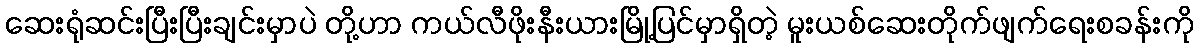
ဆေးရုံဆင်းပြီးပြီးချင်းမှာပဲ တို့ဟာ ကယ်လီဖိုးနီးယားမြို့ပြင်မှာရှိတဲ့ မူးယစ်ဆေးတိုက်ဖျက်ရေးစခန်းကို